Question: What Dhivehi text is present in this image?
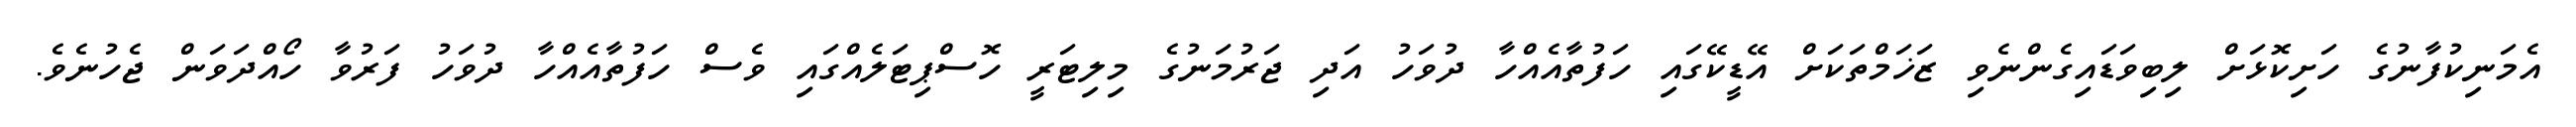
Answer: އެމަނިކުފާނުގެ ހަށިކޮޅަށް ލިބިވަޑައިގެންނެވި ޒަޚަމްތަކަށް އޭޑީކޭގައި ހަފުތާއެއްހާ ދުވަހު އަދި ޖަރުމަނުގެ މިލިޓަރީ ހޮސްޕިޓަލެއްގައި ވެސް ހަފުތާއެއްހާ ދުވަހު ފަރުވާ ހޯއްދަވަން ޖެހުނެވެ.